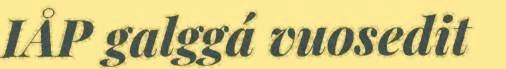
IÅP galggá vuosedit